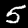
Digit: 5